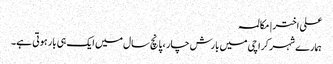
علی اختر | مکالمہ
ہمارے شہر کراچی میں بارش چار ، پانچ سال میں ایک ہی بار ہوتی ہے۔